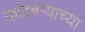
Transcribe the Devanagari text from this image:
कांदबऱ्याच्या